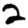
Digit: 2